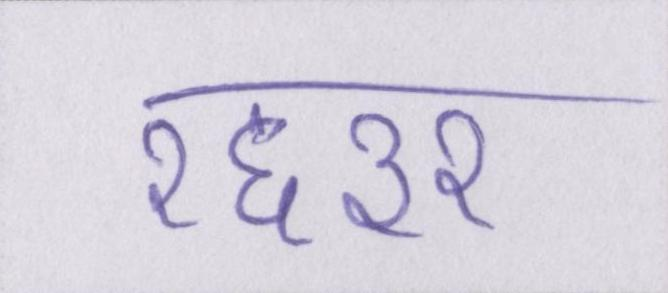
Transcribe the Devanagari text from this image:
१६३२